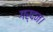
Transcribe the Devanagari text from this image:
गर्दन।